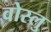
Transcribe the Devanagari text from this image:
वोस्लु